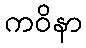
ကဝိနာ